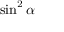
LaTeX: \sin ^ { 2 } \alpha